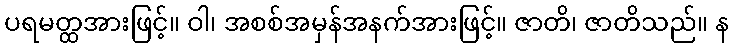
ပရမတ္ထအားဖြင့်။ ဝါ၊ အစစ်အမှန်အနက်အားဖြင့်။ ဇာတိ၊ ဇာတိသည်။ န